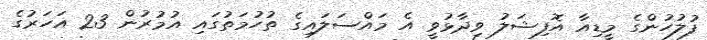
ފުލުހުންގެ މީޑިއާ އޮފިޝަލު ވިދާޅުވީ އެ މައްސަލައިގެ ތުހުމަތުގައި އުމުރުން 23 އަހަރުގެ